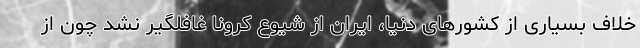
خلاف بسیاری از کشورهای دنیا، ایران از شیوع کرونا غافلگیر نشد چون از